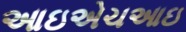
આઇએચઆઇ